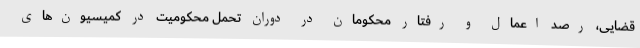
قضایی، رصد اعمال و رفتار محکومان در دوران تحمل محکومیت در کمیسیون‌های